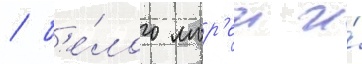
/ б'е́лого мор'еи и́